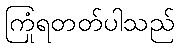
ကြုံရတတ်ပါသည်